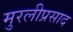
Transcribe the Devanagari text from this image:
मुरलीप्रसाद